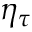
\eta _ { \tau }